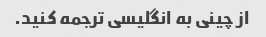
از چینی به انگلیسی ترجمه کنید.